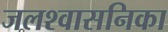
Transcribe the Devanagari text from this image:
जलश्वासनिका